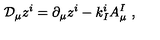
\mathcal { D } _ { \mu } z ^ { i } = \partial _ { \mu } z ^ { i } - k _ { I } ^ { i } A _ { \mu } ^ { I } \ ,